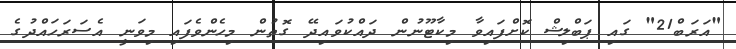
"އަރަބް21" ގައި ޕަބްލިޝް ކޮށްފައިވާ މިކާޓޫނުން ދައްކުވައިދޭ ގޮތުން މިހެންވެފައި މިވަނީ އެސަރަހައްދުގެ